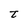
Character: t